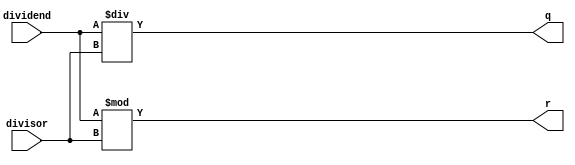
`timescale 1ns / 1ps

module DIV(
    input [31:0] dividend,
    input [31:0] divisor,
    //output reg busy,
    output [31:0] q, //
    output [31:0] r  //
    );
  
    assign q=dividend/divisor;
    assign r=dividend%divisor;
    
endmodule